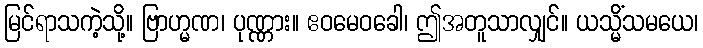
မြင်ရာသကဲ့သို့။ ဗြာဟ္မဏ၊ ပုဏ္ဏား။ ဧဝမေဝခေါ၊ ဤအတူသာလျှင်။ ယသ္မိံသမယေ၊